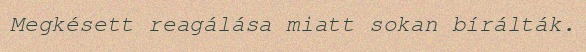
Megkésett reagálása miatt sokan bírálták.